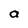
Character: a